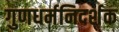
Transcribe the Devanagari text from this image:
गुणधर्मनिदर्शक